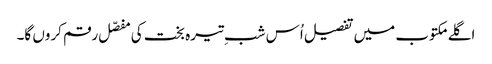
اگلے مکتوب میں تفصیل اُس شبِ تیرہ بخت کی مفصّل رقم کروں گا۔